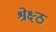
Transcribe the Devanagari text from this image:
श्रेक्ष्ठ